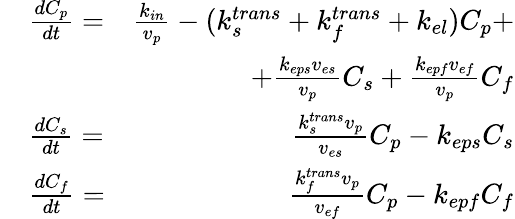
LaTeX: \begin{array}{rlr}&{\frac{dC_{p}}{dt}=}&{\frac{k_{in}}{v_{p}}-(k_{s}^{trans}+k_{f}^{trans}+k_{el})C_{p}+}\\ &{}&{+\frac{k_{eps}v_{es}}{v_{p}}C_{s}+\frac{k_{epf}v_{ef}}{v_{p}}C_{f}}\\ &{\frac{dC_{s}}{dt}=}&{\frac{k_{s}^{trans}v_{p}}{v_{es}}C_{p}-k_{eps}C_{s}}\\ &{\frac{dC_{f}}{dt}=}&{\frac{k_{f}^{trans}v_{p}}{v_{ef}}C_{p}-k_{epf}C_{f}}\end{array}